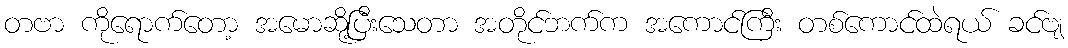
တဗာ ကိုရောက်တော့ အမောဆို့ပြီးသေတာ အတိုင်ဘက်က အကောင်ကြီး တစ်ကောင်ထဲရယ် ခင်ဗျ